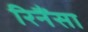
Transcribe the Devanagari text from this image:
रिनैंसा